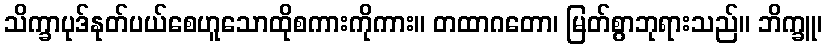
သိက္ခာပုဒ်နုတ်ပယ်စေဟူသောထိုစကားကိုကား။ တထာဂတော၊ မြတ်စွာဘုရားသည်။ ဘိက္ခူ၊